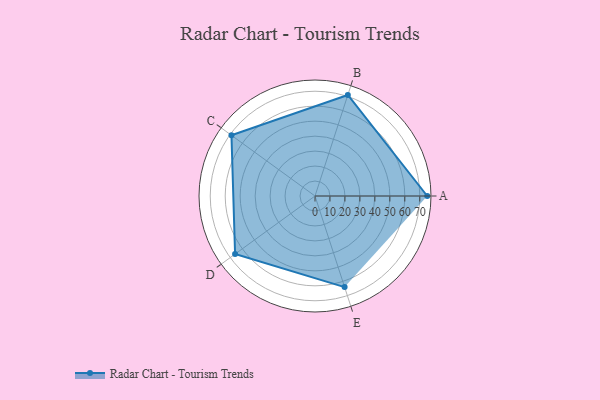
{"axis": {"x": "Skill", "y": "Score"}, "legend": ["Profile"], "data": [{"x": "A", "y": 75.0, "type": "Profile"}, {"x": "B", "y": 71.0, "type": "Profile"}, {"x": "C", "y": 69.0, "type": "Profile"}, {"x": "D", "y": 66.0, "type": "Profile"}, {"x": "E", "y": 64.0, "type": "Profile"}]}